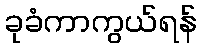
ခုခံကာကွယ်ရန်